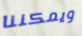
ويمكننا